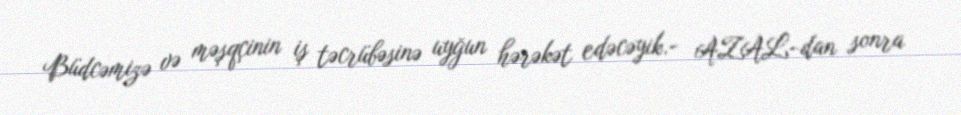
Büdcəmizə və məşqçinin iş təcrübəsinə uyğun hərəkət edəcəyik.- AZAL-dan sonra